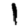
Digit: 1